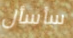
سأسأل